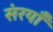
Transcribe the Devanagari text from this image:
संरयाँ